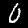
Digit: 0